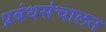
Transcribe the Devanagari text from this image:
प्रबंधसंचालन